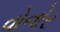
વોનોર